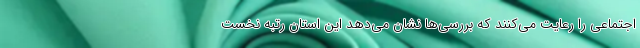
اجتماعی را رعایت می‌کنند که بررسی‌ها نشان می‌دهد این استان رتبه نخست